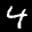
Label: 4